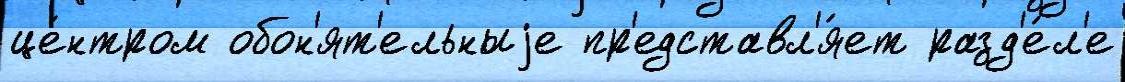
це́нтром обон'ят'ельныjе пр'едставл'я́ет разд'е́л'е